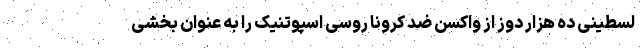
لسطینی ده هزار دوز از واکسن ضد کرونا روسی اسپوتنیک را به عنوان بخشی